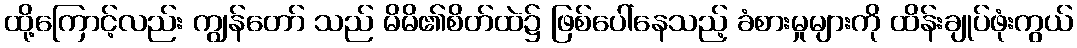
ထို့ကြောင့်လည်း ကျွန်တော် သည် မိမိ၏စိတ်ထဲ၌ ဖြစ်ပေါ်နေသည့် ခံစားမှုများကို ထိန်းချုပ်ဖုံးကွယ်